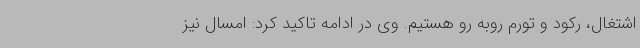
اشتغال، رکود و تورم روبه رو هستیم. وی در ادامه تاکید کرد: امسال نیز